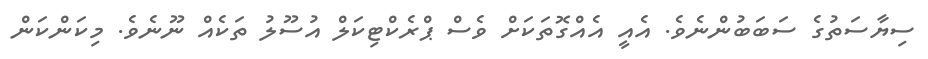
ސިޔާސަތުގެ ސަބަބުންނެވެ. އެއީ އެއްގޮތަކަށް ވެސް ޕްރެކްޓިކަލް އުސޫލު ތަކެއް ނޫނެވެ. މިކަންކަން